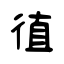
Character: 徝